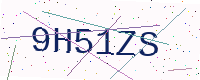
Text: 9H51ZS